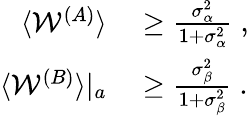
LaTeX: \begin{array}{rl}{\langle\mathcal{W}^{(A)}\rangle}&{{}\geq\frac{\sigma_{\alpha}^{2}}{1+\sigma_{\alpha}^{2}}\; ,}\\ {\langle\mathcal{W}^{(B)}\rangle|_{a}}&{{}\geq\frac{\sigma_{\beta}^{2}}{1+\sigma_{\beta}^{2}}\; .}\end{array}